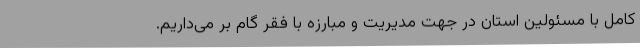
کامل با مسئولین استان در جهت مدیریت و مبارزه با فقر گام بر می‌داریم.